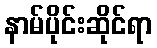
နာမ်ပိုင်းဆိုင်ရာ